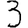
Digit: 3